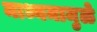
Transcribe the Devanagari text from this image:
माध्यमामुळे